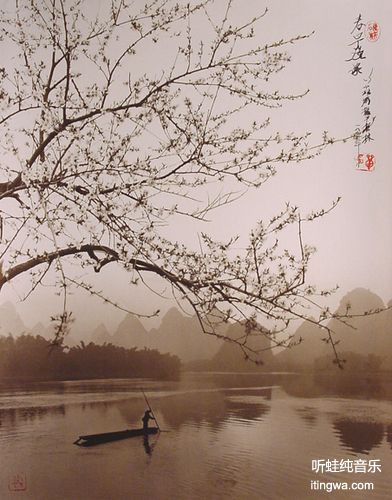
夜吟敲落霜红，船傍枫桥系。